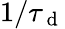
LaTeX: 1/\tau_{\mathrm{~d~}}